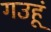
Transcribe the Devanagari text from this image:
गउहूं